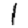
Digit: 1